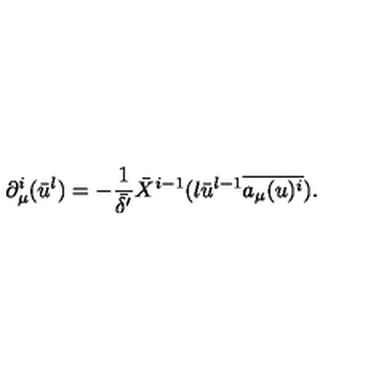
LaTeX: \partial _ { \mu } ^ { i } ( \bar { u } ^ { l } ) = - \frac { 1 } { \bar { \delta ^ { \prime } } } \bar { X } ^ { i - 1 } ( l \bar { u } ^ { l - 1 } \overline { { a _ { \mu } ( u ) ^ { i } } } ) .